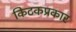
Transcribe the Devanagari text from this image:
किटकप्रकार